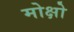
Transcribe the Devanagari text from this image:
मोक्षो